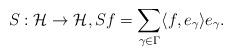
LaTeX: \begin{align*}S: \mathcal{H} \to \mathcal{H}, S f = \sum_{\gamma \in \Gamma} \langle f, e_\gamma \rangle e_\gamma .\end{align*}